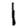
Digit: 1